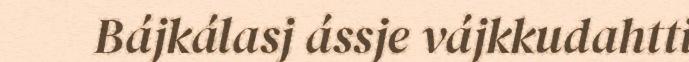
Bájkálasj ássje vájkkudahtti